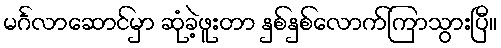
မင်္ဂလာဆောင်မှာ ဆုံခဲ့ဖူးတာ နှစ်နှစ်လောက်ကြာသွားပြီ။